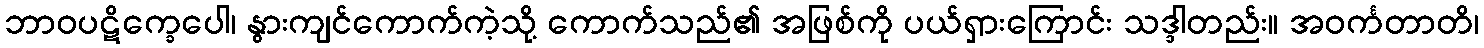
ဘာဝပဋိက္ခေပေါ၊ နွားကျင်ကောက်ကဲ့သို့ ကောက်သည်၏ အဖြစ်ကို ပယ်ရှားကြောင်း သဒ္ဒါတည်း။ အဝင်္ကတာတိ၊